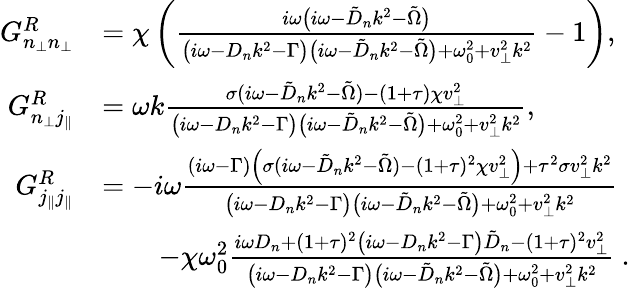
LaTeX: \begin{array}{rl}{G_{n_{\perp}n_{\perp}}^{R}}&{=\chi\left(\frac{i\omega\big(i\omega-\tilde{D}_{n}k^{2}-\tilde{\Omega}\big)}{\big(i\omega-D_{n}k^{2}-\Gamma\big)\big(i\omega-\tilde{D}_{n}k^{2}-\tilde{\Omega}\big)+\omega_{0}^{2}+v_{\perp}^{2}k^{2}}-1\right),}\\ {G_{n_{\perp}j_{\| }}^{R}}&{=\omega k\frac{\sigma(i\omega-\tilde{D}_{n}k^{2}-\tilde{\Omega})-(1+\tau)\chi v_{\perp}^{2}}{{\big(i\omega-D_{n}k^{2}-\Gamma\big)\big(i\omega-\tilde{D}_{n}k^{2}-\tilde{\Omega}\big)+\omega_{0}^{2}+v_{\perp}^{2}k^{2}}},}\\ {G_{j_{\| }j_{\| }}^{R}}&{=-i\omega\frac{(i\omega-\Gamma)\left(\sigma(i\omega-\tilde{D}_{n}k^{2}-\tilde{\Omega})-(1+\tau)^{2}\chi v_{\perp}^{2}\right)+\tau^{2}\sigma v_{\perp}^{2}k^{2}}{\big(i\omega-D_{n}k^{2}-\Gamma\big)\big(i\omega-\tilde{D}_{n}k^{2}-\tilde{\Omega}\big)+\omega_{0}^{2}+v_{\perp}^{2}k^{2}}}\\ &{\qquad-\chi\omega_{0}^{2}\frac{i\omega D_{n}+(1+\tau)^{2}\big(i\omega-D_{n}k^{2}-\Gamma\big)\tilde{D}_{n}-(1+\tau)^{2}v_{\perp}^{2}}{\big(i\omega-D_{n}k^{2}-\Gamma\big)\big(i\omega-\tilde{D}_{n}k^{2}-\tilde{\Omega}\big)+\omega_{0}^{2}+v_{\perp}^{2}k^{2}}~.}\end{array}